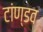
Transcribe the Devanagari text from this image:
टांण्डव